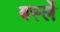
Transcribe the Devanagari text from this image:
बर्स्ले